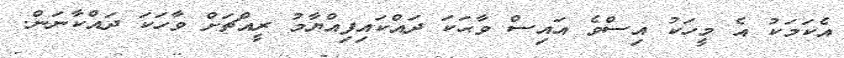
އެކަމަކު އެ މީހަކު އިސްވެ އައިސް ވާޙަކަ ދައްކައިފިއްޔާމު ރީއްޗަށް ވާހަކަ ދައްކާނަން.